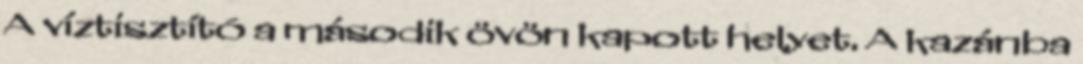
A víztisztító a második övön kapott helyet. A kazánba